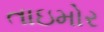
તાઇમોર